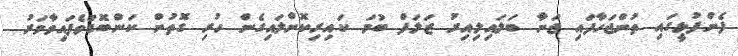
ފެންފުޅީގައި ތުންޖަހާފައި ޖަނާ ބަލައިލިއިރު ޒަލަފް ބުމަ ކައިރިކޮށްލައިގެން ހުރި ގޮތުން ކަންބޮޑުވެފައިވާވަރު